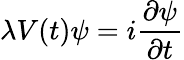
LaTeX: \lambda V(t)\psi=i\frac{\partial\psi}{\partial t}